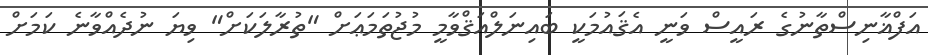
އަފްޣާނިސްތާނުގެ ރައީސް ވަނީ އެޤައުމަކީ ބައިނަލްއަޤްވާމީ މުޖުތަމަޢަށް "ތުރާލަކަށް" ވިޔަ ނުދެއްވާނެ ކަމަށް